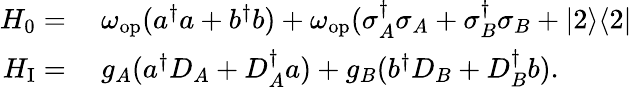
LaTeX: \begin{array}{rl}{H_{0}=}&{{}~\omega_{\mathrm{op}}(a^{\dagger}a+b^{\dagger}b)+\omega_{\mathrm{op}}(\sigma_{A}^{\dagger}\sigma_{A}+\sigma_{B}^{\dagger}\sigma_{B}+|2\rangle\langle 2|}\\ {H_{\mathrm{I}}=}&{{}~g_{A}(a^{\dagger}D_{A}+D_{A}^{\dagger}a)+g_{B}(b^{\dagger}D_{B}+D_{B}^{\dagger}b).}\end{array}